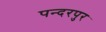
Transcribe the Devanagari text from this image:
पन्दरपुर